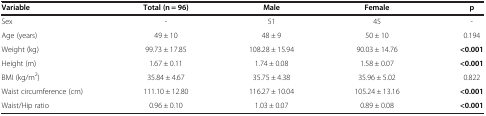
<table><thead><tr><td><b>Variable</b></td><td><b>Total (n = 96)</b></td><td><b>Male</b></td><td><b>Female</b></td><td><b>p</b></td></tr></thead><tbody><tr><td>Sex</td><td>-</td><td>51</td><td>45</td><td>-</td></tr><tr><td>Age (years)</td><td>49 ± 10</td><td>48 ± 9</td><td>50 ± 10</td><td>0.194</td></tr><tr><td>Weight (kg)</td><td>99.73 ± 17.85</td><td>108.28 ± 15.94</td><td>90.03 ± 14.76</td><td><b>&lt;0.001</b></td></tr><tr><td>Height (m)</td><td>1.67 ± 0.11</td><td>1.74 ± 0.08</td><td>1.58 ± 0.07</td><td><b>&lt;0.001</b></td></tr><tr><td>BMI (kg/m<sup>2</sup>)</td><td>35.84 ± 4.67</td><td>35.75 ± 4.38</td><td>35.96 ± 5.02</td><td>0.822</td></tr><tr><td>Waist circumference (cm)</td><td>111.10 ± 12.80</td><td>116.27 ± 10.04</td><td>105.24 ± 13.16</td><td><b>&lt;0.001</b></td></tr><tr><td>Waist/Hip ratio</td><td>0.96 ± 0.10</td><td>1.03 ± 0.07</td><td>0.89 ± 0.08</td><td><b>&lt;0.001</b></td></tr></tbody></table>